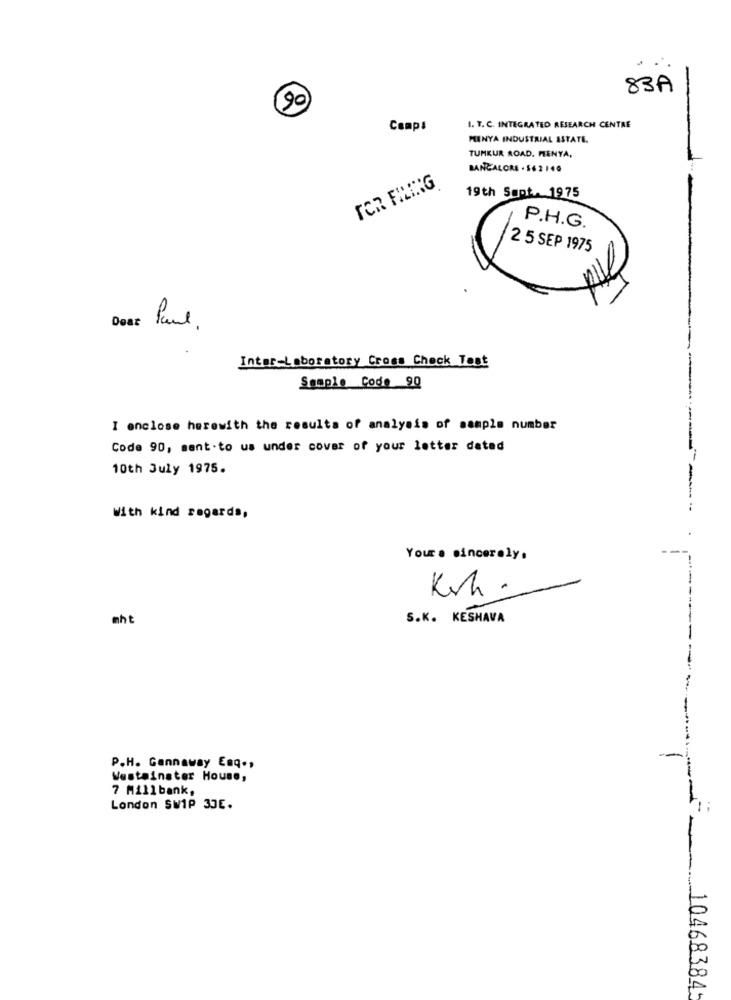
83A
2
Camps
I. T. C. INTEGRATED RESEARCH CENTRE
PUNYA INDUSTRIAL ESTATE.
TUMKUR ROAD. MENYA,
BANGALORE . 562140
FOR FILING
19th Sapt. 1975
P.H.G.
2 5 SEP 1975
Dos: Paul
Inter-Laboratory Cross Check Test
Sample Code 90
I enclose herewith the results of analysis of sample number
Code 90, sent.to us under cover of your letter datad
10th July 1975.
With kind regards,
Yours sincerely.
Kih.
mht
S.K. KESHAVA
P.H. Gannaway Enq .,
Westminster House,
7 Millbank,
London SW1P 3JE.
10468384